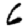
Digit: 6